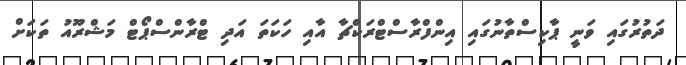
ދަތުރުގައި ވަނީ ޕާކިސްތާނުގައި އިންފްރާސްޓްރަކްޗާ އާއި ހަކަތަ އަދި ޓްރާންސްޕޯޓް މަޝްރޫއު ތަކަށް